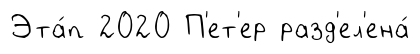
Эта́п 2020 П'ет'ер разд'ел'ена́